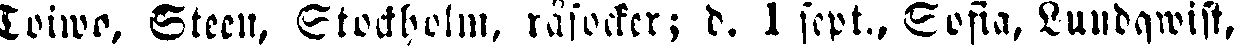
Toiwo, Steen, Stockholm, råsocker; d. 1 sept., Sofia. Lundqwist.